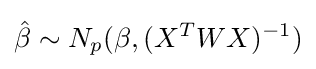
{\hat {\beta }}\sim N_{p}(\beta ,(X^{T}WX)^{-1})